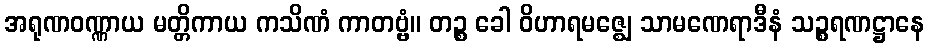
အရုဏဝဏ္ဏာယ မတ္တိကာယ ကသိဏံ ကာတဗ္ဗံ။ တဉ္စ ခေါ ဝိဟာရမဇ္ဈေ သာမဏေရာဒီနံ သဉ္စရဏဋ္ဌာနေ